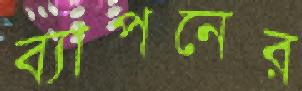
ব্যাপনের